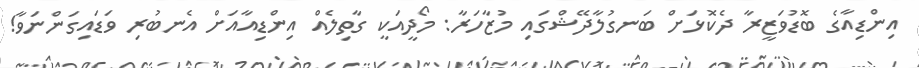
އިންޑިއާގެ ބޮޑުވަޒީރާ ދެކޮޅަށް ބަނގުލާދޭޝްގައި މުޒާހަރާ: މޯދީއަކީ ގާތިލެއް އިންޑިއާއަށް އެނބުރި ވަޑައިގަންނަވާ!